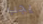
يجب